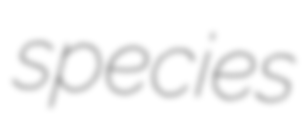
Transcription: species